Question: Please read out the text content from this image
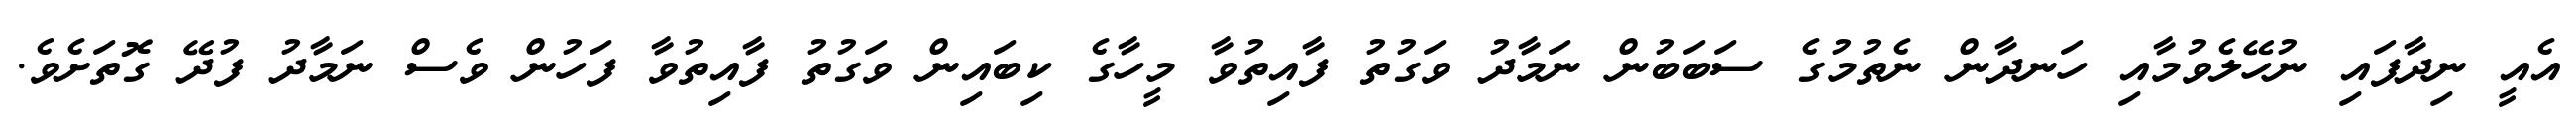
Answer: އެއީ ނިދާފައި ނުހޭލެވުމާއި ހަނދާން ނެތުމުގެ ސަބަބުން ނަމާދު ވަގުތު ފާއިތުވާ މީހާގެ ކިބައިން ވަގުތު ފާއިތުވާ ފަހުން ވެސް ނަމާދު ފުދޭ ގޮތަށެވެ.